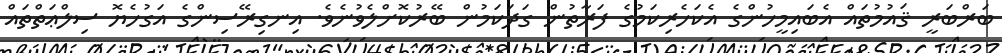
ބަރްބަރީ ޤައުމުތައް އެބައިމީހުންގެ އެކަހެރިކަމުގެ ފަރާތުން ގަދަކަމުން ބޭރުކޮށްލެވުނެވެ. އިނގިރޭސިންގެ އަގުހެޔޮ ސިލްޢަތްތައް